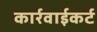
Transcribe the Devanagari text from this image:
कार्रवाईकर्ट